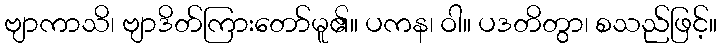
ဗျာကာသိ၊ ဗျာဒိတ်ကြားတော်မူ၏။ ပကန၊ ဝါ။ ပဒတိတွာ၊ စသည်ဖြင့်။